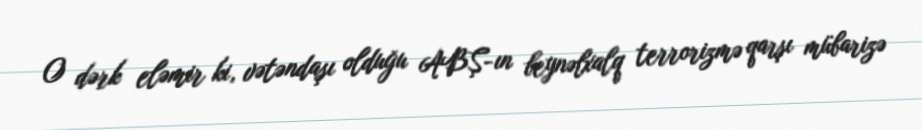
O dərk eləmir ki, vətəndaşı olduğu ABŞ-ın beynəlxalq terrorizmə qarşı mübarizə